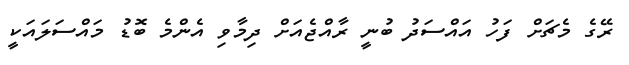
ރޭގެ މެޗަށް ފަހު އައްސަދު ބުނީ ރާއްޖެއަށް ދިމާވި އެންމެ ބޮޑު މައްސަލައަކީ